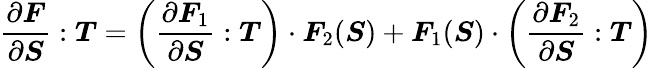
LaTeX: {\frac{\partial{\boldsymbol{F}}}{\partial{\boldsymbol{S}}}}:{\boldsymbol{T}}=\left({\frac{\partial{\boldsymbol{F}}_{1}}{\partial{\boldsymbol{S}}}}:{\boldsymbol{T}}\right)\cdot{\boldsymbol{F}}_{2}({\boldsymbol{S}})+{\boldsymbol{F}}_{1}({\boldsymbol{S}})\cdot\left({\frac{\partial{\boldsymbol{F}}_{2}}{\partial{\boldsymbol{S}}}}:{\boldsymbol{T}}\right)